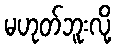
မဟုတ်ဘူးလို့